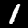
Digit: 1